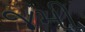
જમી